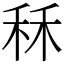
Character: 秝